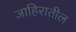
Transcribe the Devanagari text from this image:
जाहिरातील